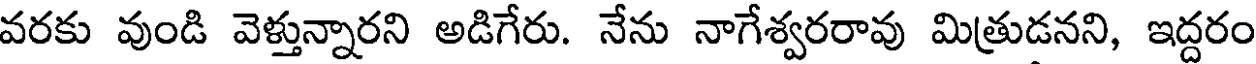
వరకు వుండి వెళ్తున్నారని అడిగేరు. నేను నాగేశ్వరరావు మిత్రుడనని, ఇద్దరం